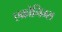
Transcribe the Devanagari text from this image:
एक्रोनिम्स